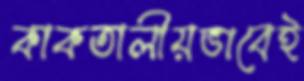
কাকতালীয়ভাবেই